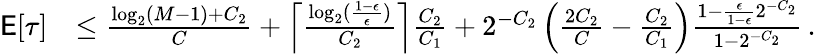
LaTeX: \begin{array}{rl}{\mathsf{E}[\tau]}&{\le\frac{\log_{2}(M-1)+C_{2}}{C}+\left\lceil\frac{\log_{2}(\frac{1-\epsilon}{\epsilon})}{C_{2}}\right\rceil\frac{C_{2}}{C_{1}}+2^{-C_{2}}\left(\frac{2C_{2}}{C}-\frac{C_{2}}{C_{1}}\right)\frac{1-\frac{\epsilon}{1-\epsilon}2^{-C_{2}}}{1-2^{-C_{2}}}\, .}\end{array}